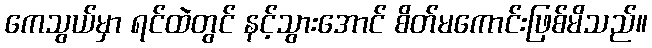
ကေသွယ်မှာ ရင်ထဲတွင် နင့်သွားအောင် စိတ်မကောင်းဖြစ်မိသည်။